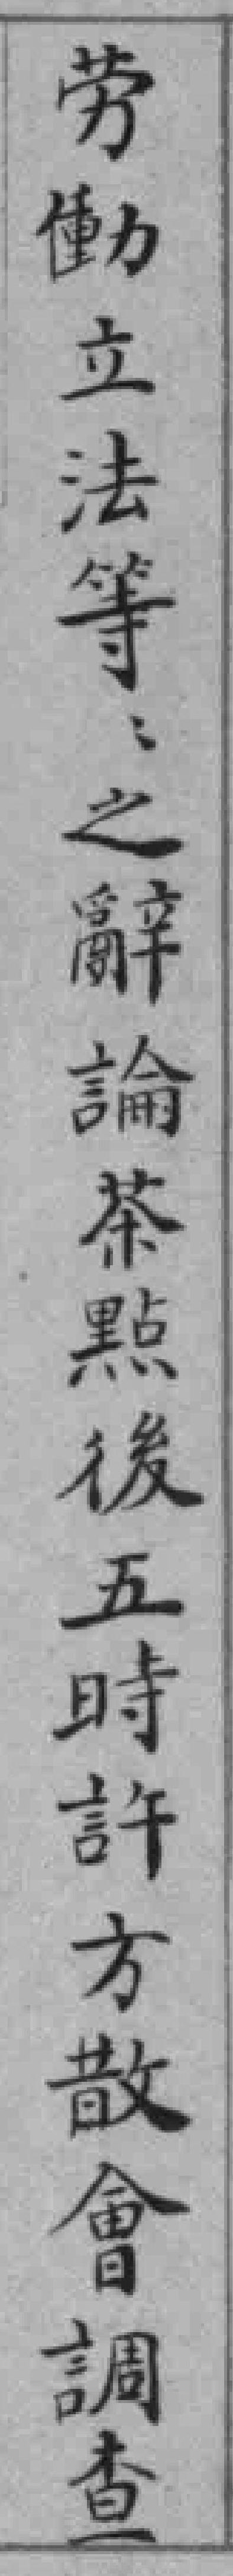
劳動立法等之辭論茶點後五時許方散會調查